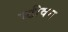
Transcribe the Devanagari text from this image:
स्‍टीवन